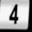
Digit: 4